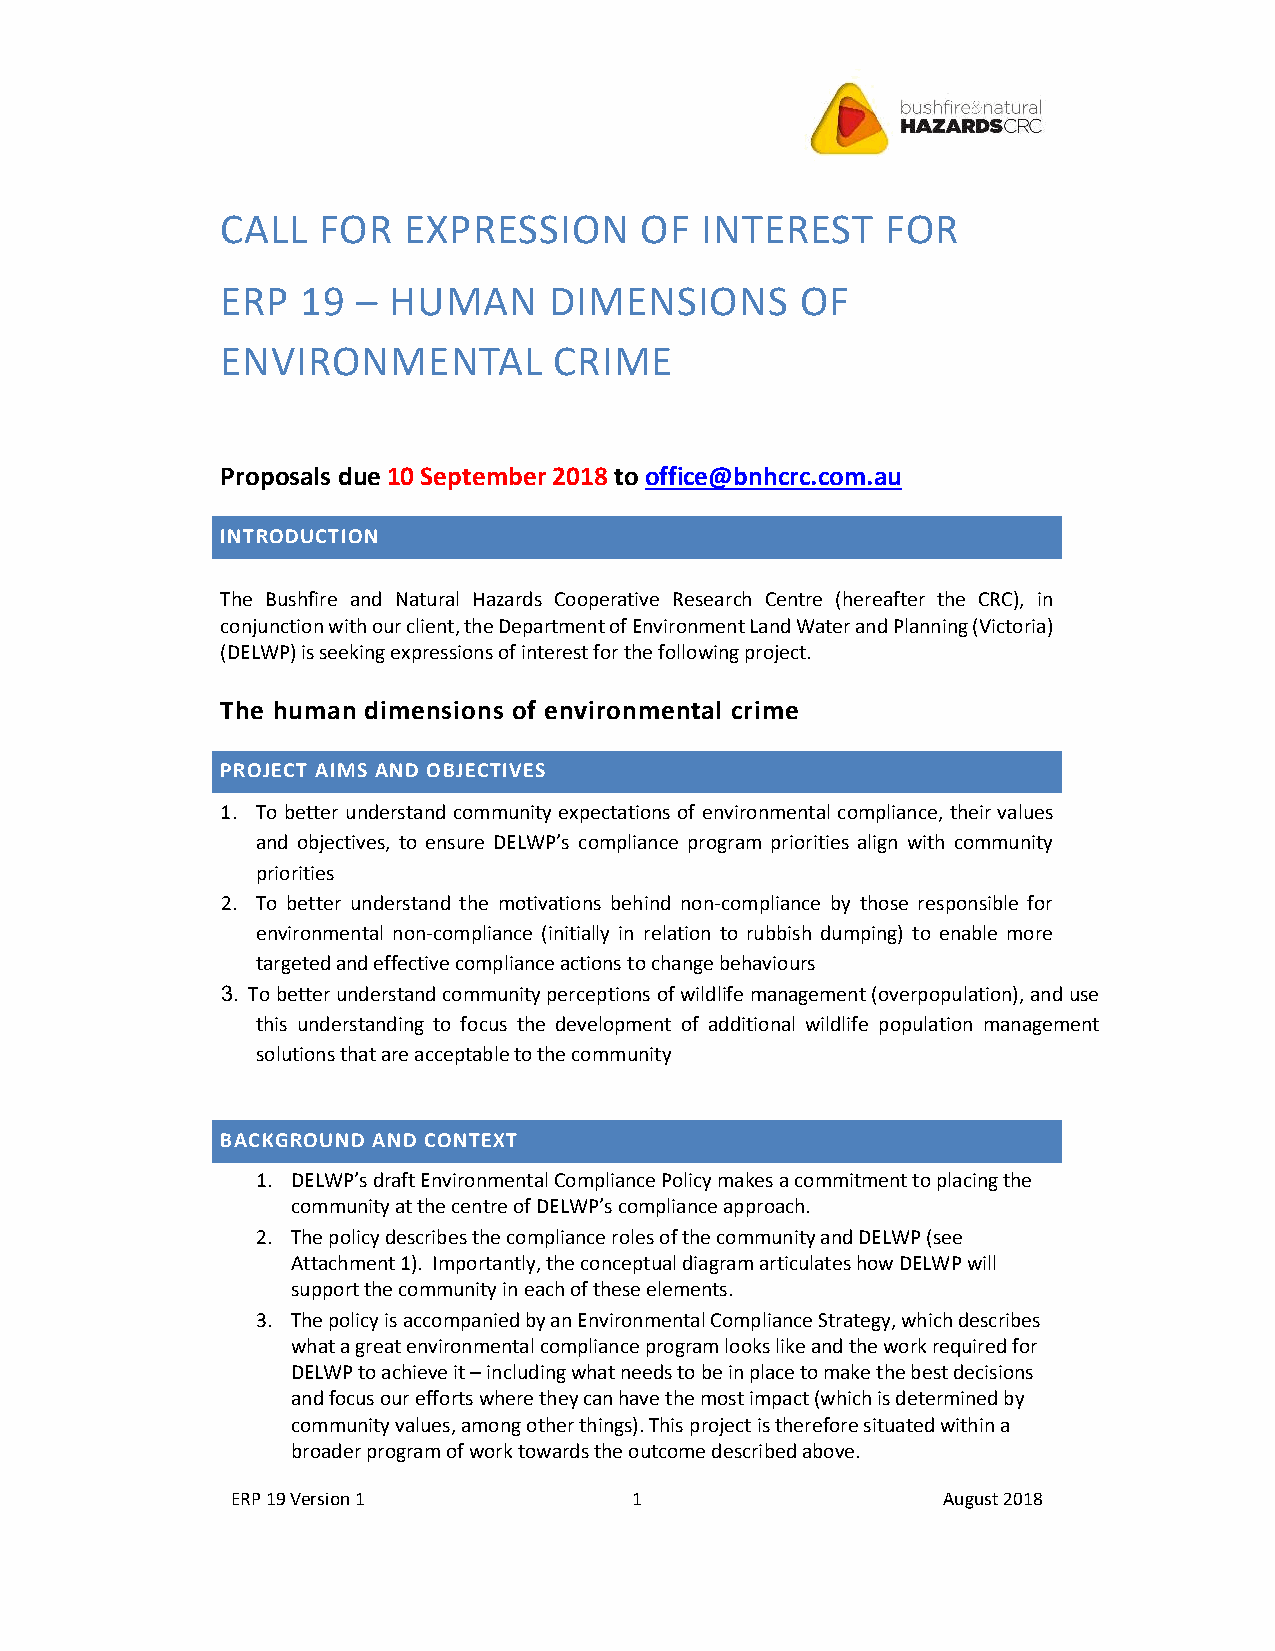
CALL  FOR   EXPRESSION     OF  INTEREST     FOR
 ERP  19  – HUMAN     DIMENSIONS       OF
 ENVIRONMENTAL         CRIME
 Proposals due 10 September 2018 to office@bnhcrc.com.au
 INTRODUCTION
 The Bushfire and Natural Hazards Cooperative Research Centre (hereafter the CRC), in
 conjunction with our client, the Department of Environment Land Water and Planning (Victoria)
 (DELWP) is seeking expressions of interest for the following project.
 The human dimensions of environmental crime
 PROJECT AIMS AND OBJECTIVES
 1. To better understand community expectations of environmental compliance, their values
 and objectives, to ensure DELWP’s compliance program priorities align with community
 priorities
 2. To better understand the motivations behind non-compliance by those responsible for
 environmental non-compliance (initially in relation to rubbish dumping) to enable more
 targeted and effective compliance actions to change behaviours
 3. To better understand community perceptions of wildlife management (overpopulation), and use
 this understanding to focus the development of additional wildlife population management
 solutions that are acceptable to the community
 BACKGROUND AND CONTEXT
 1. DELWP’s draft Environmental Compliance Policy makes a commitment to placing the
 community at the centre of DELWP’s compliance approach.
 2. The policy describes the compliance roles of the community and DELWP (see
 Attachment 1). Importantly, the conceptual diagram articulates how DELWP will
 support the community in each of these elements.
 3. The policy is accompanied by an Environmental Compliance Strategy, which describes
 what a great environmental compliance program looks like and the work required for
 DELWP to achieve it – including what needs to be in place to make the best decisions
 and focus our efforts where they can have the most impact (which is determined by
 community values, among other things). This project is therefore situated within a
 broader program of work towards the outcome described above.
 ERP 19 Version 1           1                   August 2018